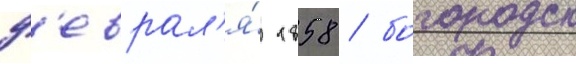
ф'еврал'я́ 1858 / богородск